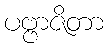
ပဗ္ဗာဇိတာ